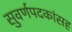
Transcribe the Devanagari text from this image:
सुवर्णपदकांसह